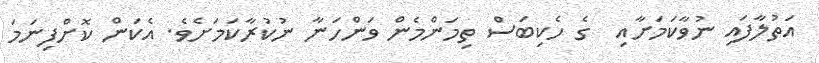
އަތުލާފައި ނުވާކަމަށާއި  ގެ ހެކިބަސް ތިމަންމެން ވަންހަނާ ނުކުރާކަމަށެވެ. އެކަން ކޮށްފިނަމަ